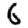
Digit: 6